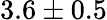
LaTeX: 3.6\pm 0.5